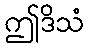
ဤဒိသံ